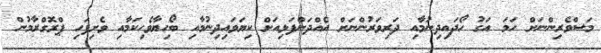
މަސްވެރިންނަށް ހަމަ އަގު ހޯދައިދިނުމާއި ދަރިވަރުންނަށް އެއްދަންފަޅިއަށް ކިޔަވައިދިނުމާއި ބޯހިޔާވެހިކަމާއި ވެށިފަހި ޕްރޮގްރާމުން